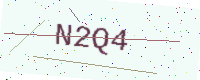
Text: N2Q4